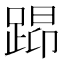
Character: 𰸖